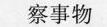
察事物